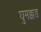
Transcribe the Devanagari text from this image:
घुमक्कड